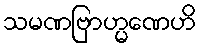
သမဏဗြာဟ္မဏေဟိ